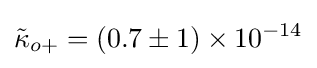
{\tilde {\kappa }}_{o+}=(0.7\pm 1)\times 10^{-14}